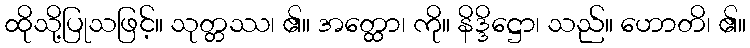
ထိုသို့ပြုသဖြင့်။ သုတ္တဿ၊ ၏။ အတ္ထော၊ ကို။ နိဒ္ဒိဋ္ဌော၊ သည်။ ဟောတိ၊ ၏။